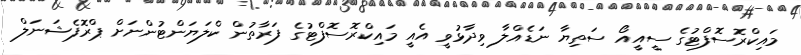
މައިކްރޮސޮފްޓުގެ ސީއީއޯ ސަތިޔާ ނަޑެއްލާ ވިދާޅުވީ އެއީ މައިކްރޮސޮފްޓުގެ ފަރާތުން ކްލަޔަންޓުންނަށް ޕްރޮފެޝަނަލް